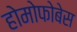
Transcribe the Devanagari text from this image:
होमोफोबेस